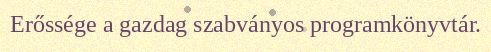
Erőssége a gazdag szabványos programkönyvtár.